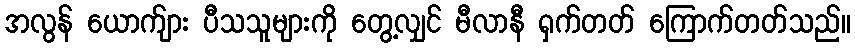
အလွန် ယောက်ျား ပီသသူများကို တွေ့လျှင် မီလာနီ ရှက်တတ် ကြောက်တတ်သည်။